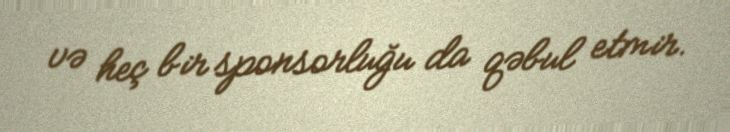
və heç bir sponsorluğu da qəbul etmir.